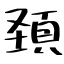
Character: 頚